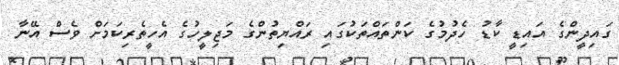
ގައިދީންގެ އައިޑީ ކާޑު ހެދުމުގެ ކަންތައްތަކުގައި ރައްޔިތުންގެ މަޖިލީހުގެ އެހީތެރިކަމަށް ވެސް އޭނާ